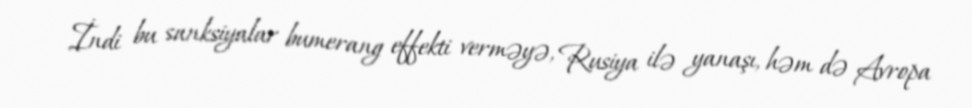
İndi bu sanksiyalar bumerang effekti verməyə, Rusiya ilə yanaşı, həm də Avropa